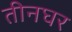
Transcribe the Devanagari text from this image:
तीनघर